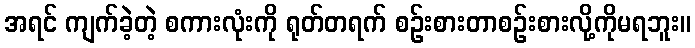
အရင် ကျက်ခဲ့တဲ့ စကားလုံးကို ရုတ်တရက် စဉ်းစားတာစဉ်းစားလို့ကိုမရဘူး။